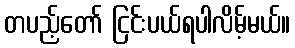
တပည့်တော် ငြင်းပယ်ရပါလိမ့်မယ်။